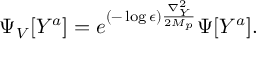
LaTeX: \Psi _ { V } [ Y ^ { a } ] = e ^ { ( - \log \epsilon ) { \frac { \nabla _ { Y } ^ { 2 } } { 2 M _ { p } } } } \Psi [ Y ^ { a } ] .